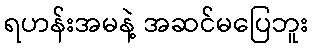
ရဟန်းအမနဲ့ အဆင်မပြေဘူး